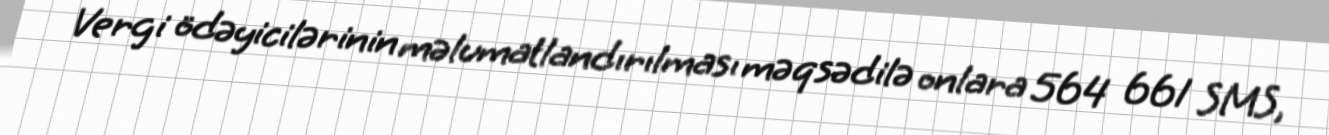
Vergi ödəyicilərinin məlumatlandırılması məqsədilə onlara 564 661 SMS,